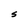
Character: S